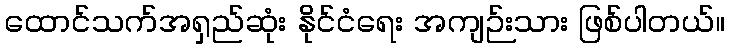
ထောင်သက်အရှည်ဆုံး နိုင်ငံရေး အကျဉ်းသား ဖြစ်ပါတယ်။